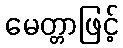
မေတ္တာဖြင့်